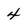
Character: 4